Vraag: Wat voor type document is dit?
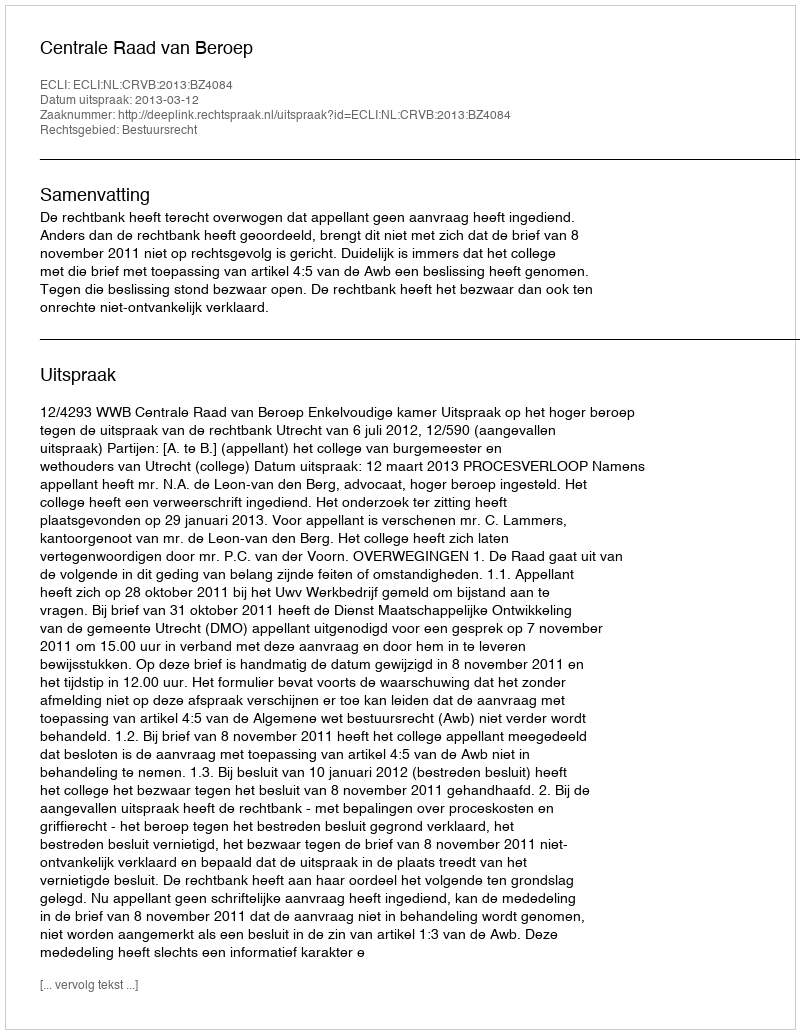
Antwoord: Uitspraak